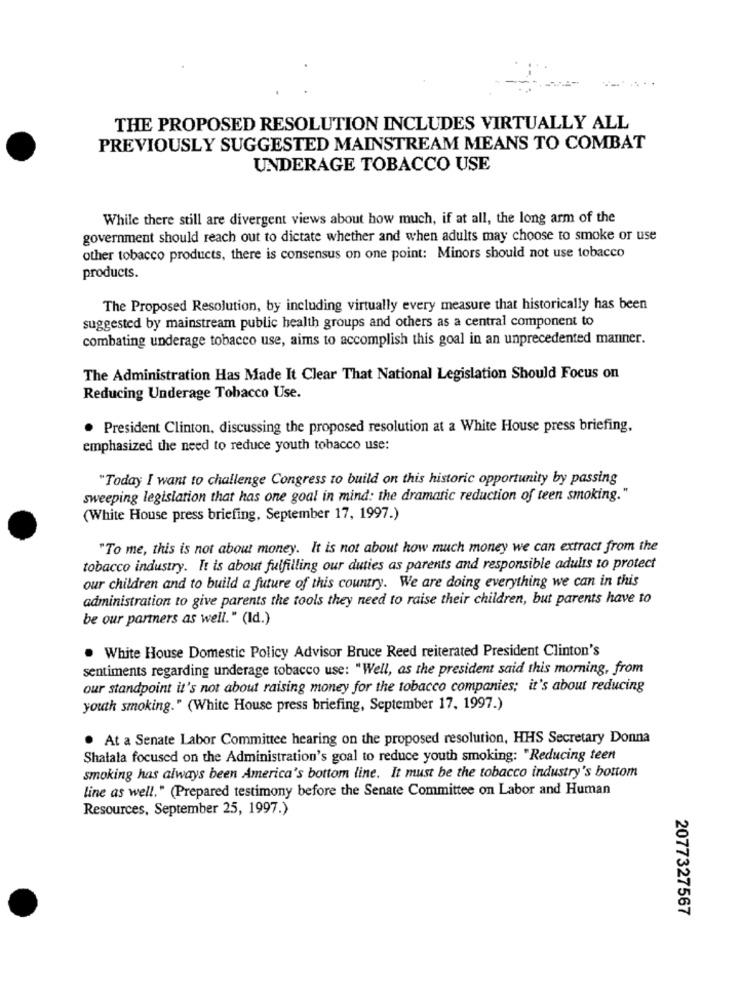
THE PROPOSED RESOLUTION INCLUDES VIRTUALLY ALL
PREVIOUSLY SUGGESTED MAINSTREAM MEANS TO COMBAT
UNDERAGE TOBACCO USE
While there still are divergent views about how much, if at all, the long arm of the
government should reach out to dictate whether and when adults may choose to smoke or use
other tobacco products, there is consensus on one point: Minors should not use tobacco
products.
The Proposed Resolution, by including virtually every measure that historically has been
suggested by mainstream public health groups and others as a central component to
combating underage tobacco use, aims to accomplish this goal in an unprecedented manner.
The Administration Has Made It Clear That National Legislation Should Focus on
Reducing Underage Tobacco Use.
. President Clinton, discussing the proposed resolution at a White House press briefing,
emphasized the need to reduce youth tobacco use:
"Today I want to challenge Congress to build on this historic opportunity by passing
sweeping legislation that has one goal in mind: the dramatic reduction of teen smoking."
(White House press briefing, September 17, 1997.)
"To me, this is not about money. It is not about how much money we can extract from the
tobacco industry. It is about fulfilling our duties as parents and responsible adults to protect
our children and to build a future of this country. We are doing everything we can in this
administration to give parents the tools they need to raise their children, but parents have to
be our partners as well." (Id.)
. White House Domestic Policy Advisor Bruce Reed reiterated President Clinton's
sentiments regarding underage tobacco use: "Well, as the president said this morning, from
our standpoint it's not about raising money for the tobacco companies; it's about reducing
youth smoking." (White House press briefing, September 17, 1997.)
. At a Senate Labor Committee hearing on the proposed resolution, HHS Secretary Donna
Shalala focused on the Administration's goal to reduce youth smoking: "Reducing teen
smoking has always been America's bottom line. It must be the tobacco industry's bottom
line as well." (Prepared testimony before the Senate Committee on Labor and Human
Resources, September 25, 1997.)
2077327567